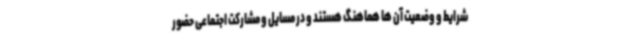
شرایط و وضعیت آن ها هماهنگ هستند و در مسایل و مشارکت اجتماعی حضور